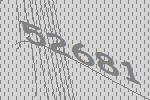
52681